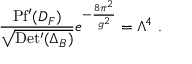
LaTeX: \frac { \mathrm { P f ^ { \prime } } ( D _ { F } ) } { \sqrt { \mathrm { D e t ^ { \prime } } ( \Delta _ { B } ) } } e ^ { - \frac { 8 \pi ^ { 2 } } { g ^ { 2 } } } = \Lambda ^ { 4 } ~ .